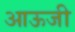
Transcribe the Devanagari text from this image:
आऊजी